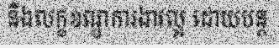
និងលក្ខខណ្ឌការងារល្អ ដោយបន្ត